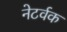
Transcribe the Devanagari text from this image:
नेटर्वक